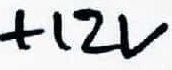
Text: +12V